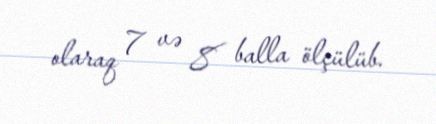
olaraq 7 və 8 balla ölçülüb.